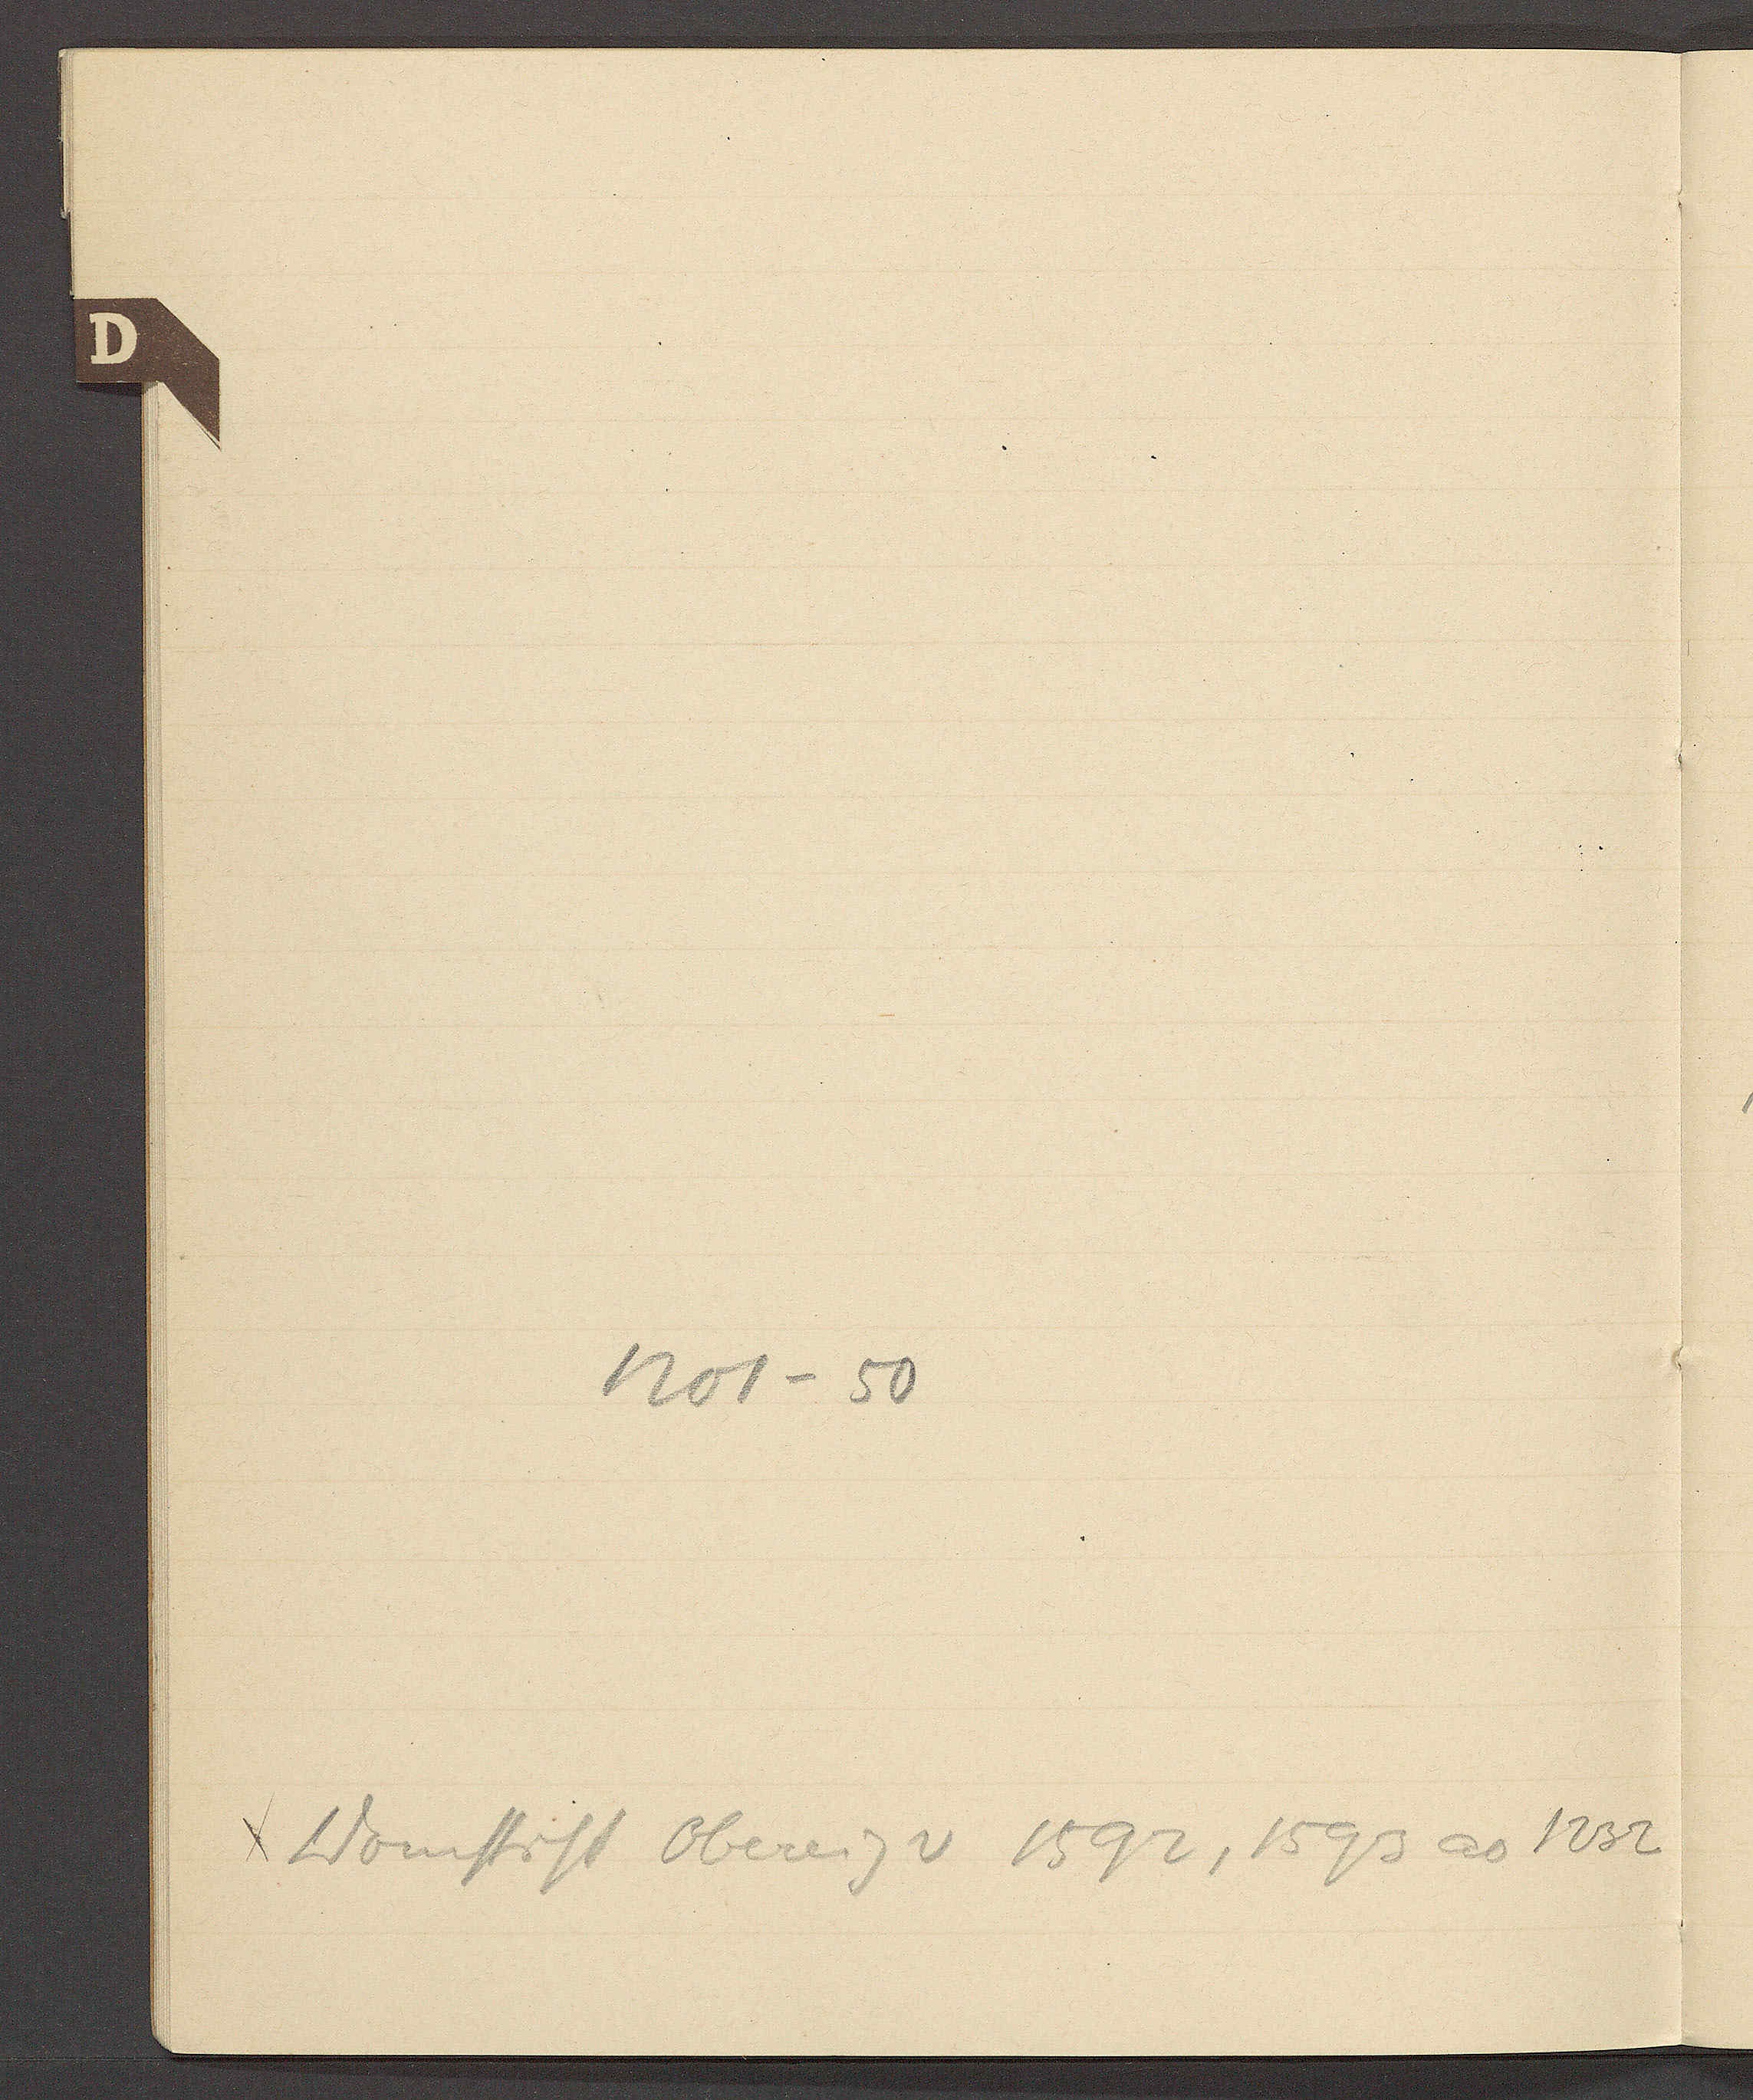
Transcript:
1201 – 50

Domstift Obereig v 1592, 1593 ao 1232